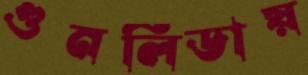
গুনলিডায়